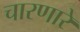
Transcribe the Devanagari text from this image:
चारणारे